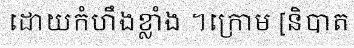
ដោយកំហឹងខ្លាំង ។ក្រោម [និបាត